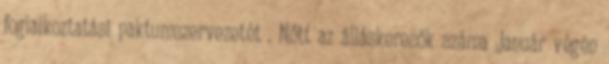
foglalkoztatási paktumszervezetét . Nőtt az álláskeresők száma Január végén